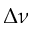
\Delta \nu